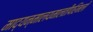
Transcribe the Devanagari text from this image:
माद्यन्मालयमालतीपरिमलो